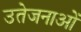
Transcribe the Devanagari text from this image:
उतेजनाओं